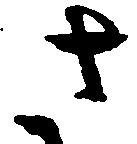
さ